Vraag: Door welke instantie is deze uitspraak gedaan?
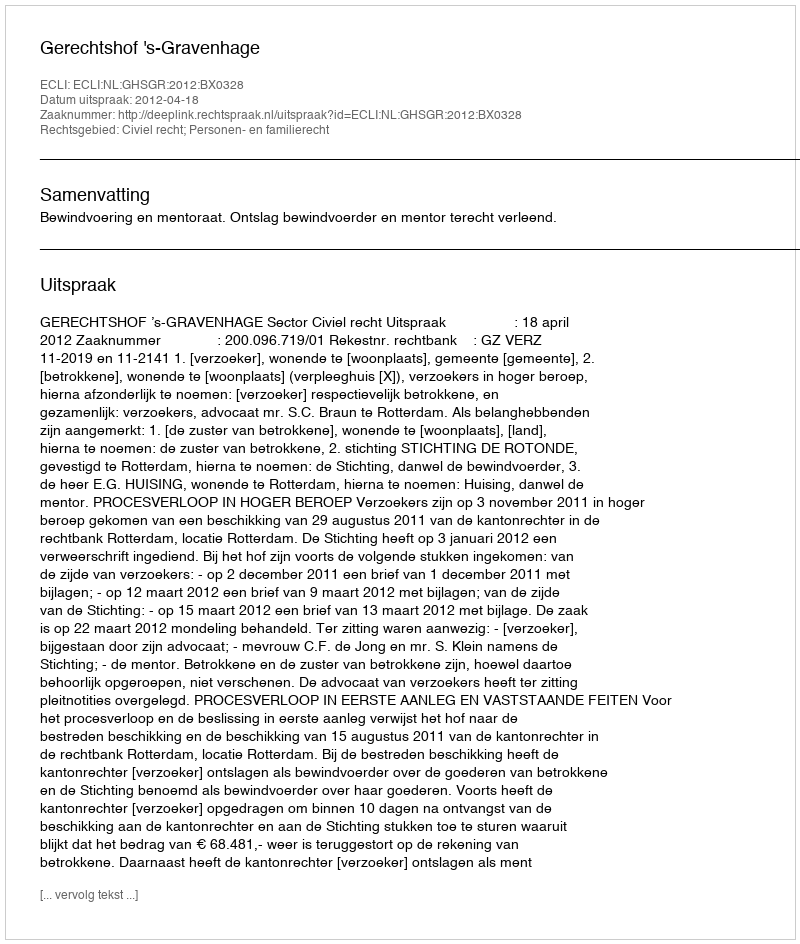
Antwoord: Gerechtshof 's-Gravenhage